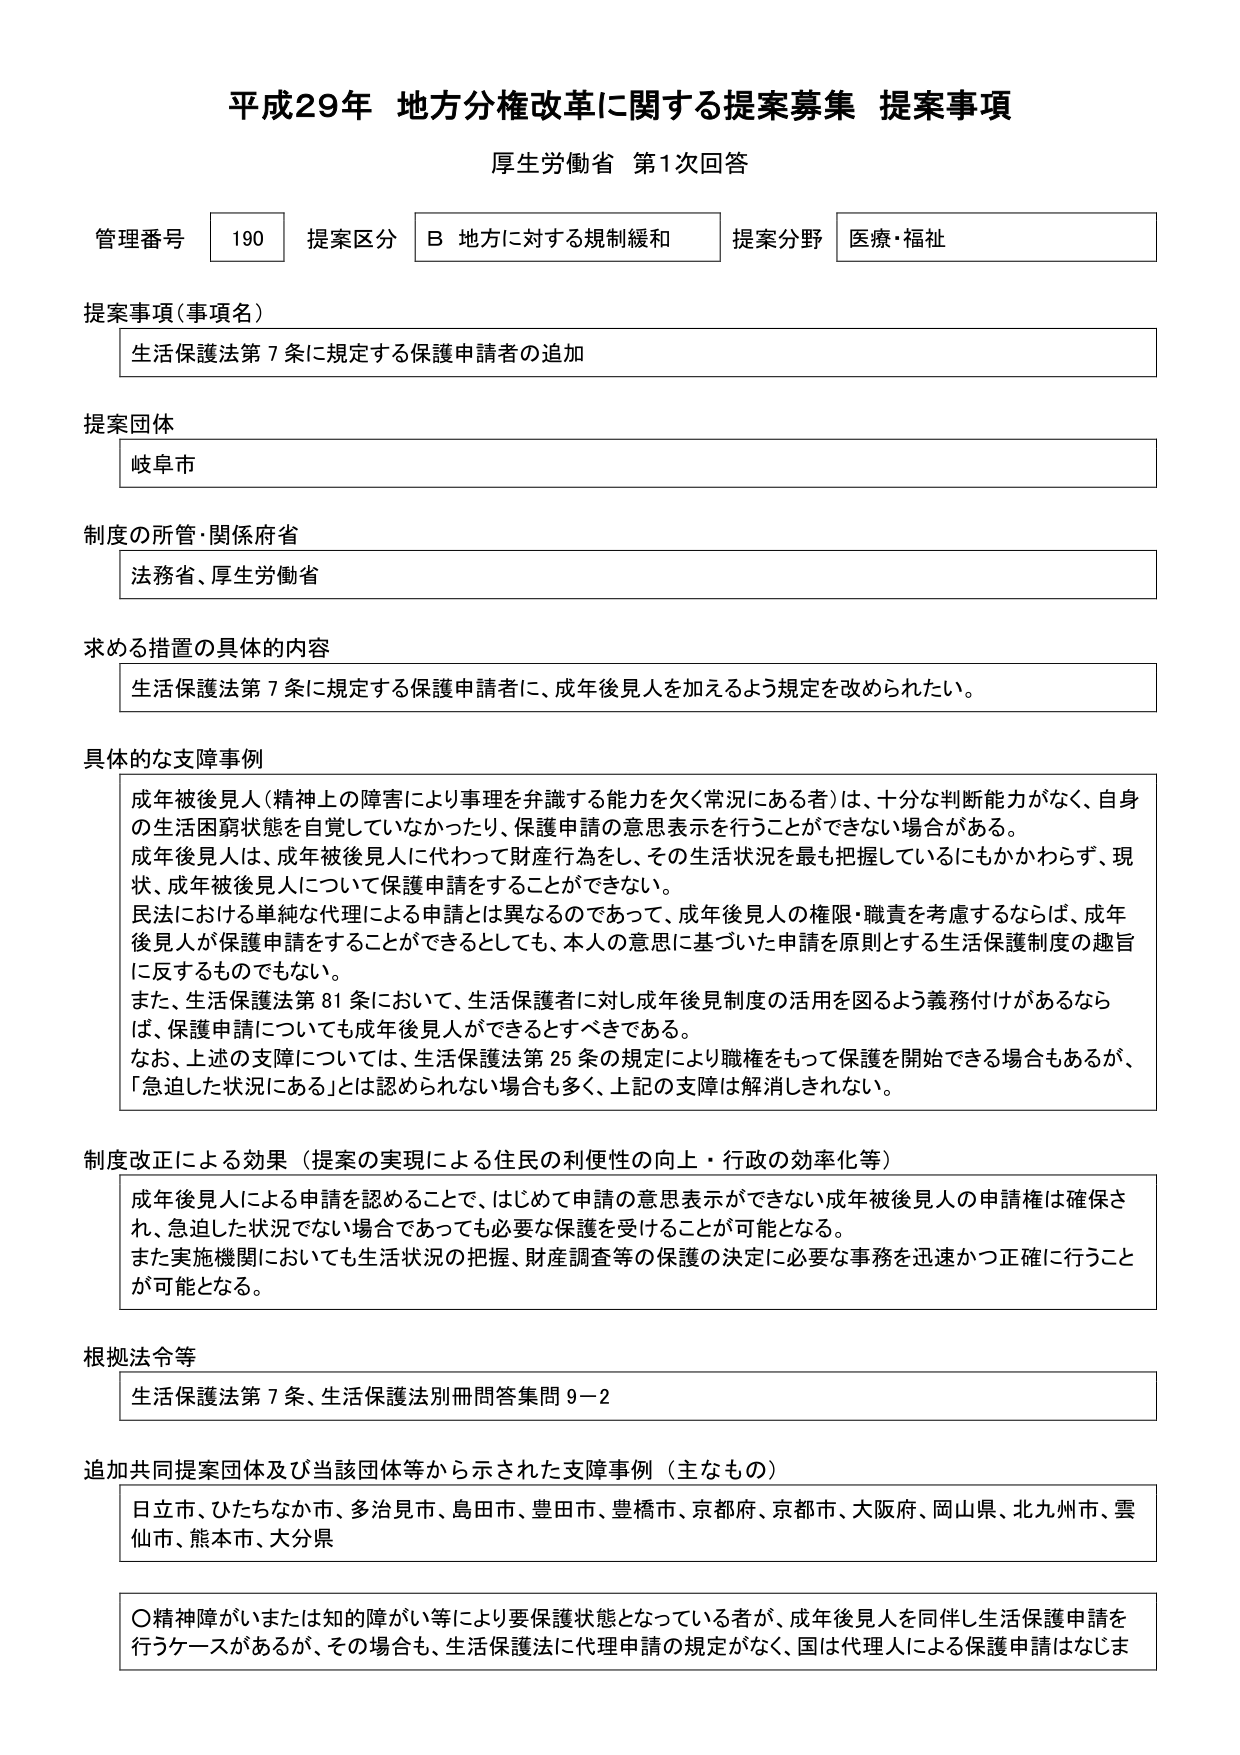
平成29年 地方分権改革に関する提案募集 提案事項
厚生労働省 第1次回答

管理番号 190 提案区分 B 地方に対する規制緩和 提案分野 医療・福祉

提案事項（事項名）
生活保護法第7条に規定する保護申請者の追加

提案団体
岐阜市

制度の所管・関係府省
法務省、厚生労働省

求める措置の具体的内容
生活保護法第7条に規定する保護申請者に、成年後見人を加えるよう規定を改められたい。

具体的な支障事例
成年被後見人（精神上の障害により事理を弁識する能力を欠く常況にある者）は、十分な判断能力がなく、自身の生活困窮状態を自覚していなかったり、保護申請の意思表示を行うことができない場合がある。
成年後見人は、成年被後見人に代わって財産行為をし、その生活状況を最も把握しているにもかかわらず、現状、成年被後見人について保護申請をすることができない。
民法における単純な代理による申請とは異なるのであって、成年後見人の権限・職責を考慮するならば、成年後見人が保護申請をすることができるとしても、本人の意思に基づいた申請を原則とする生活保護制度の趣旨に反するものでもない。
また、生活保護法第81条において、生活保護者に対し成年後見制度の活用を図るよう義務付けがあるならば、保護申請についても成年後見人ができるとすべきである。
なお、上述の支障については、生活保護法第25条の規定により職権をもって保護を開始できる場合もあるが、「急迫した状況にある」とは認められない場合も多く、上記の支障は解消しきれない。

制度改正による効果（提案の実現による住民の利便性の向上・行政の効率化等）
成年後見人による申請を認めることで、はじめて申請の意思表示ができない成年被後見人の申請権は確保され、急迫した状況でない場合であっても必要な保護を受けることが可能となる。
また実施機関においても生活状況の把握、財産調査等の保護の決定に必要な事務を迅速かつ正確に行うことが可能となる。

根拠法令等
生活保護法第7条、生活保護法別冊問答集問9-2

追加共同提案団体及び当該団体等から示された支障事例（主なもの）
日立市、ひたちなか市、多治見市、島田市、豊田市、豊橋市、京都府、京都市、大阪府、岡山県、北九州市、雲仙市、熊本市、大分県

〇精神障がいまたは知的障がい等により要保護状態となっている者が、成年後見人を同伴し生活保護申請を行うケースがあるが、その場合も、生活保護法に代理申請の規定がなく、国は代理人による保護申請になじま